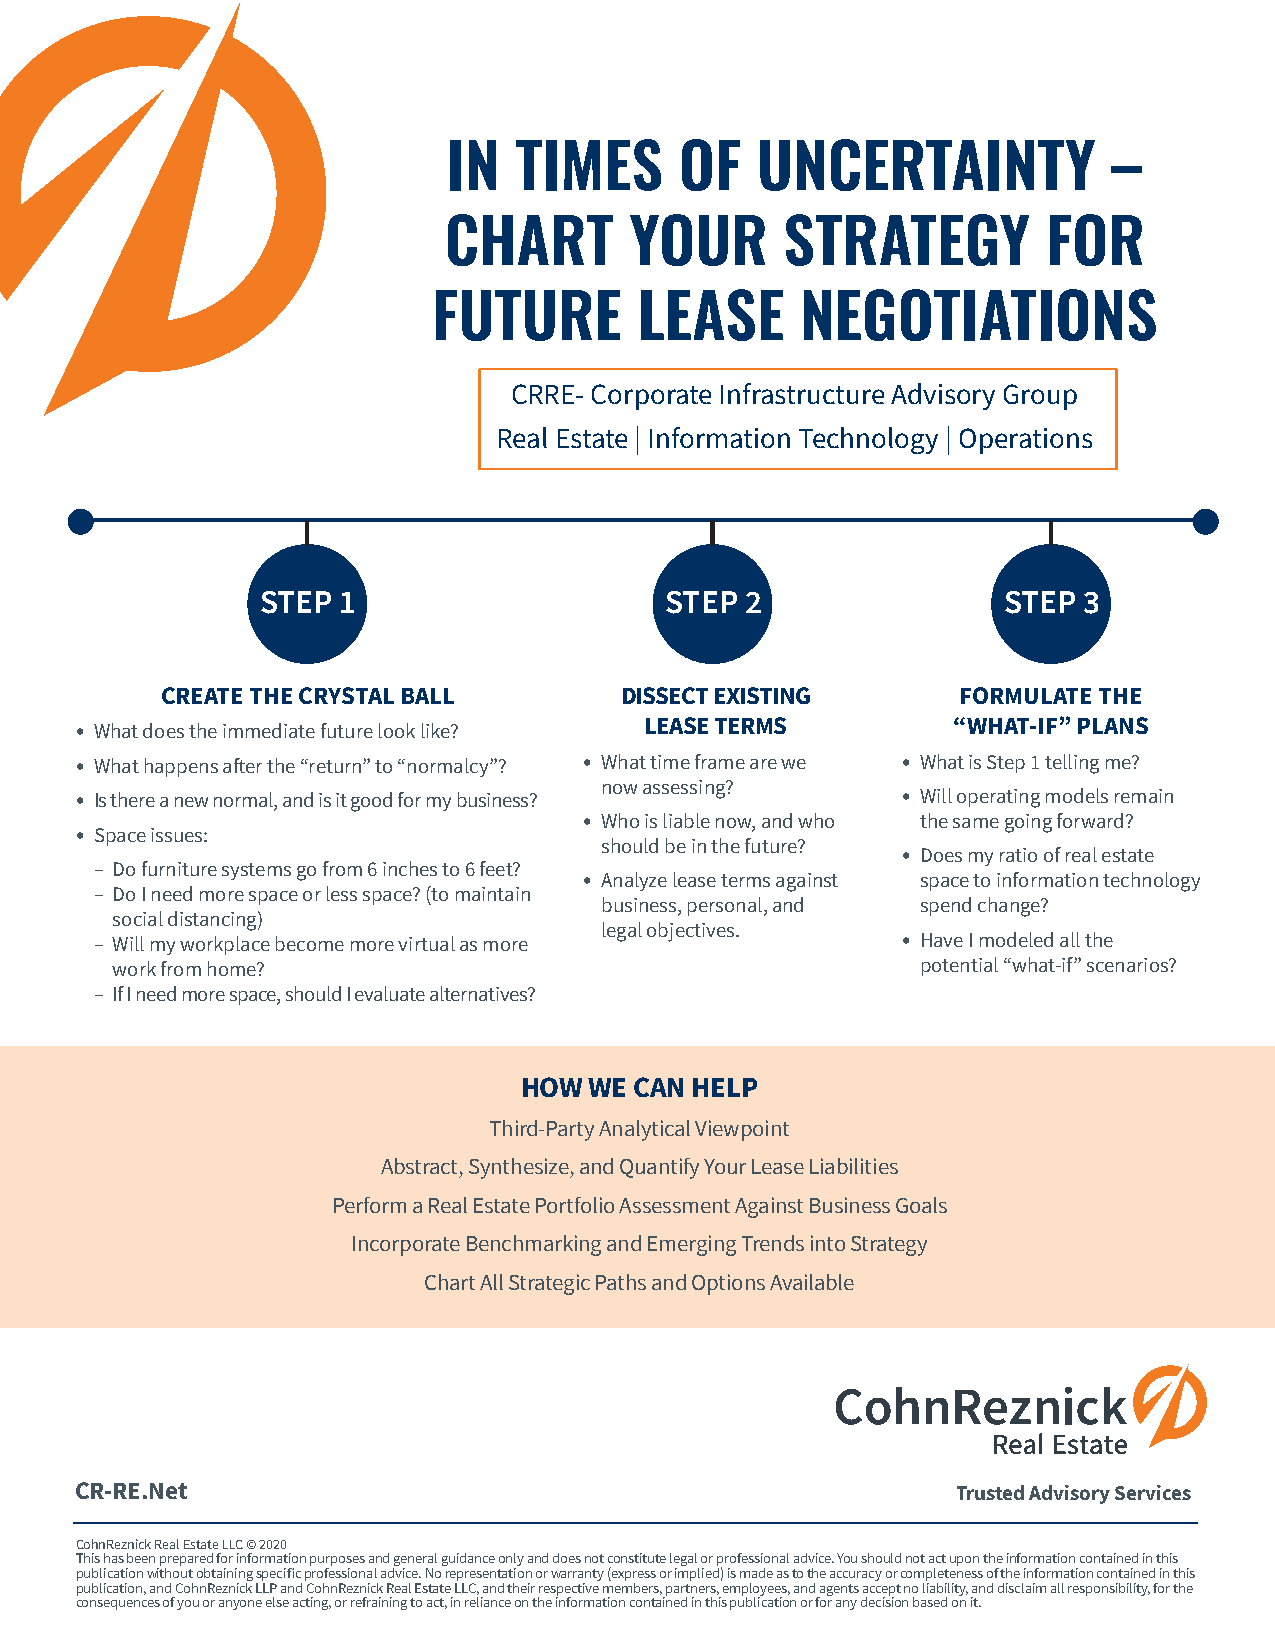
IN  TIMES      OF   UNCERTAINTY             –
 CHART        YOUR      STRATEGY         FOR
 FUTURE       LEASE      NEGOTIATIONS
 CRRE- Corporate Infrastructure Advisory Group
 Real Estate | Information Technology | Operations
 STEP 1                     STEP 2                STEP  3
 CREATE THE CRYSTAL BALL       DISSECT EXISTING       FORMULATE THE
 LEASE TERMS         “WHAT-IF” PLANS
 • What does the immediate future look like?
 • What happens after the “return” to “normalcy”? • What time frame are we • What is Step 1 telling me?
 now assessing?
 • Is there a new normal, and is it good for my business? • Will operating models remain
 • Who is liable now, and who the same going forward?
 • Space issues:
 should be in the future?
 • Does my ratio of real estate
 – Do furniture systems go from 6 inches to 6 feet?
 • Analyze lease terms against space to information technology
 – Do I need more space or less space? (to maintain
 business, personal, and spend change?
 social distancing)
 legal objectives.
 – Will my workplace become more virtual as more       • Have I modeled all the
 work from home?                                       potential “what-if” scenarios?
 – If I need more space, should I evaluate alternatives?
 HOW  WE CAN HELP
 Third-Party Analytical Viewpoint
 Abstract, Synthesize, and Quantify Your Lease Liabilities
 Perform a Real Estate Portfolio Assessment Against Business Goals
 Incorporate Benchmarking and Emerging Trends into Strategy
 Chart All Strategic Paths and Options Available
 CR-RE.Net                                                 Trusted Advisory Services
 CohnReznick Real Estate LLC © 2020
 This has been prepared for information purposes and general guidance only and does not constitute legal or professional advice. You should not act upon the information contained in this
 publication without obtaining specific professional advice. No representation or warranty (express or implied) is made as to the accuracy or completeness of the information contained in thi s
 publication, and CohnReznick LLP and CohnReznick Real Estate LLC, and their respective members, partners, employees, and agents accept no liability, and disclaim all responsibility, for the
 consequences of you or anyone else acting, or refraining to act, in reliance on the information contained in this publication or for any decision based on it.